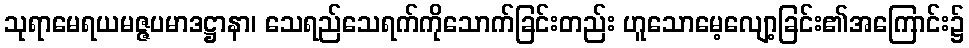
သုရာမေရယမဇ္ဇပမာဒဋ္ဌာနာ၊ သေရည်သေရက်ကိုသောက်ခြင်းတည်း ဟူသောမေ့လျော့ခြင်း၏အကြောင်း၌